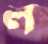
ল